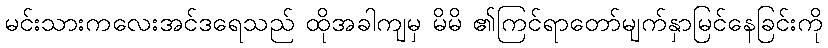
မင်းသားကလေးအင်ဒရေသည် ထိုအခါကျမှ မိမိ ၏ကြင်ရာတော်မျက်နှာမြင်နေခြင်းကို